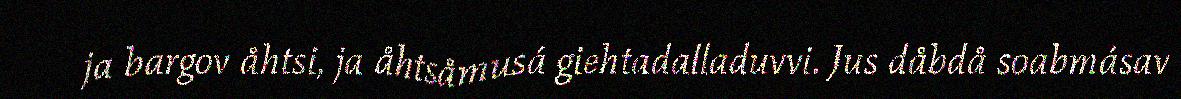
ja bargov åhtsi, ja åhtsåmusá giehtadalladuvvi. Jus dåbdå soabmásav